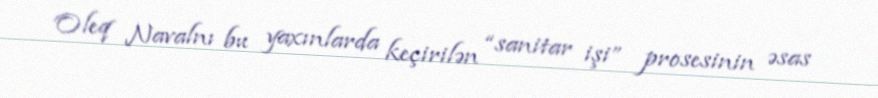
Oleq Navalnı bu yaxınlarda keçirilən “sanitar işi” prosesinin əsas